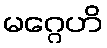
မဂ္ဂေဟိ